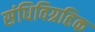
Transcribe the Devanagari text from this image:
संधिविग्रहिक